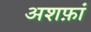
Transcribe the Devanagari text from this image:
अशफ़ां